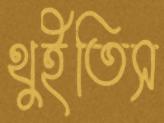
থুইতিস